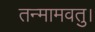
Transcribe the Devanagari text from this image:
तन्मामवतु।